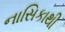
નાસિકાથી